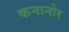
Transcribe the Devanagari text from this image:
कनानोर